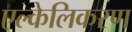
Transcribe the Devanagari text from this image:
एल्केलिकरण